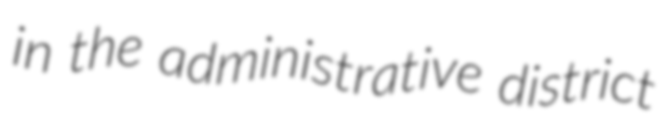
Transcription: in the administrative district